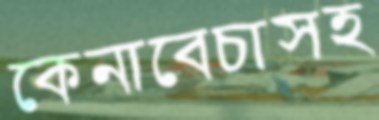
কেনাবেচাসহ